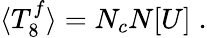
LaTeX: \langle T_{8}^{f}\rangle=N_{c}N[U]\; .